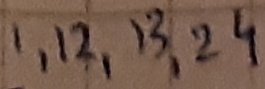
Text: 1,12,13,24